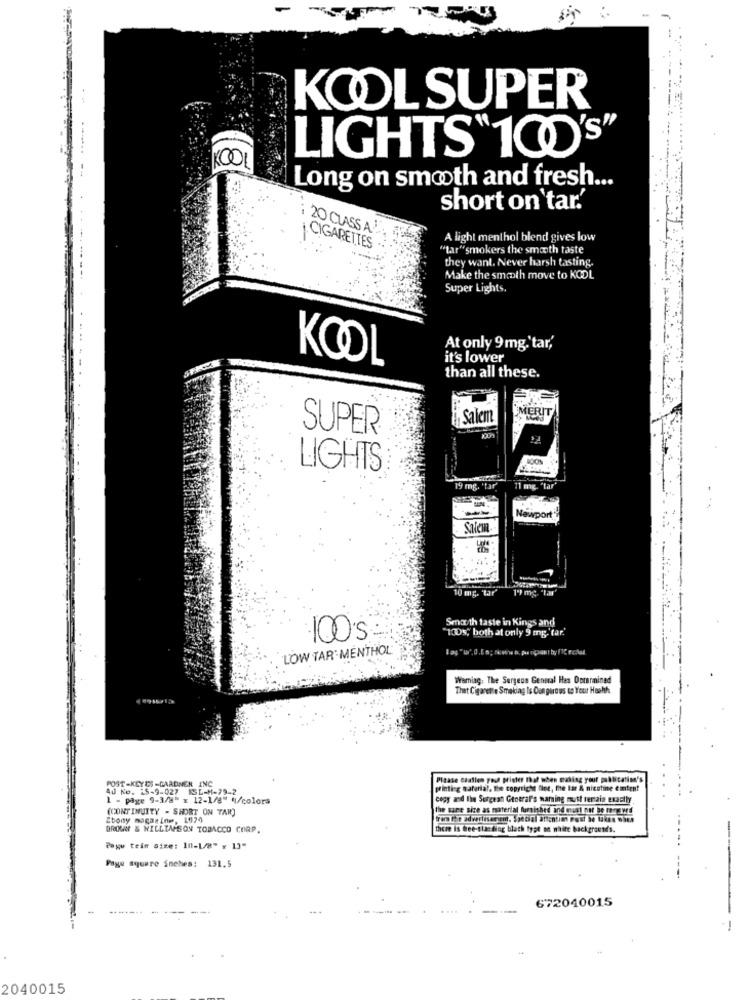
KOOL SUPER
LIGHTS"100's"
Long on smooth and fresh ...
short on tar.'
20 CLASS A
A light menthol blend gives low
CIGARETTES
"tar"smokers the smooth taste
they want. Never harsh tasting.
Make the smooth move to KOOL
Super Lights.
At only 9 mg.'tar,'
KOOL
it's lower
than all these.
MERIT
Salem
SUPER
LIGHTS
19 mg. "tar
11 mg. "tar'
Newport'
Salem.
10 mg. "tar
1'I mg. "tar'
Smooth taste in Kings and
"IDs, both at only 9 mg.'tar.'
100'S
LOW TAR MENTHOL
Warning. The Surgeon General Hes Dorarmined
Thet Cigarette Smoking Is Dangerous to Your Health
POST-KEYES -GARDNER INC
Please Challen your printer that when euding your publication's
4d Ko. 25-9-027 ISL-M-79-2
printing material, the copyright fice, the lar & nicotine emitent
1 - page 9-3/8" x 12-1/8" 4/colors
copy and Ihn Surgeon General's naming must remain exactly
(CONTINUITY - SHORT ON TAR)
the same size as material furnished and must not be re-os we'd
Ebony magazine, 1979
from the advertiserem. Special ättentim post be Iken when
BROWN & WILLIAMSON TOBACCO CORP.
there is dee-stac ding blach type on white background's.
Payu tein size: 11-1/8" x 13"
Page square inches: 131.5
672040015
-------
2040015